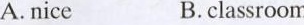
A.nice B.classroom